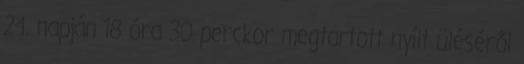
24. napján 18 óra 30 perckor megtartott nyílt üléséről